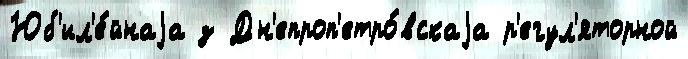
Юб'ил'е́йнаjа з Дн'епроп'етро́вскаjа р'егул'яторной